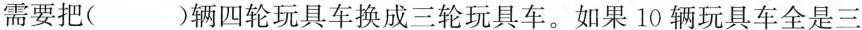
需要把()辆四轮玩具车换成三轮玩具车。如果10辆玩具车全是三